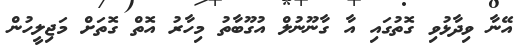
އޭނާ ވިދާޅުވި ގޮތުގައި އާ ގާނޫނުލް އުގޫބާތު މިހާރު އޮތް ގޮތަށް މަޖިލީހުން